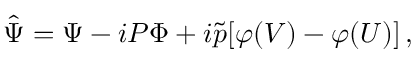
\hat { \Psi } = \Psi - i P \Phi + i \tilde { p } [ \varphi ( V ) - \varphi ( U ) ] \, ,